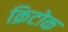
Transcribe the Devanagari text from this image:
क्रिटोक